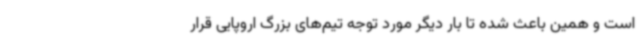
است و همین باعث شده تا بار دیگر مورد توجه تیم‌های بزرگ اروپایی قرار